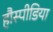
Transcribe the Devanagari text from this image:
हौस्पीडिया